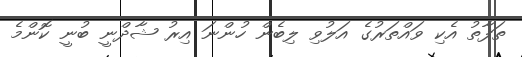
ތަފާތު އެކި ވައްތަރުގެ އަލުވި ލިބެން ހުންނަ އިރު ޝާދްނީ ބުނީ ކޮންމެ